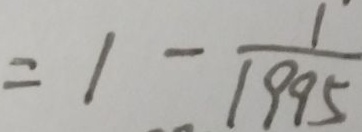
= 1 - \frac { 1 } { 1 9 9 5 }